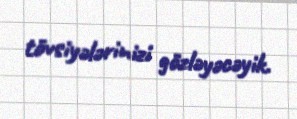
tövsiyələrinizi gözləyəcəyik.